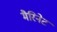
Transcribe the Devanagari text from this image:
मैरिनेट